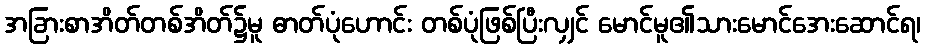
အခြားစာအိတ်တစ်အိတ်၌မူ ဓာတ်ပုံဟောင်း တစ်ပုံဖြစ်ပြီးလျှင် မောင်မူ၏သားမောင်အေးဆောင်ရ၊